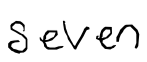
Text: seven
Cross-out: clean
Writing tool: digital_black